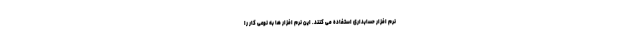
نرم افزار حسابداری استفاده می کنند. این نرم افزار ها به نوعی کار را